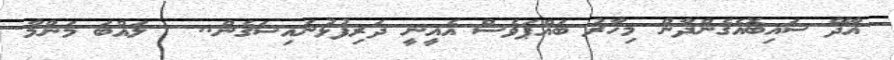
އާދޭ ސައިބޮއެގެންދާން މިހާރު ބައްޕަވެސް އެއީނީ ދަރިފުޅުނައިސަގެން..   ލައްބަ މަންމާ